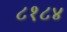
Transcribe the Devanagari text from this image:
८१८४